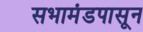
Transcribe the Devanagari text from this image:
सभामंडपासून